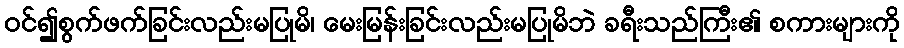
ဝင်၍စွက်ဖက်ခြင်းလည်းမပြုမိ၊ မေးမြန်းခြင်းလည်းမပြုမိဘဲ ခရီးသည်ကြီး၏ စကားများကို